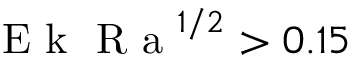
\textrm { E k } \textrm { R a } ^ { 1 / 2 } > 0 . 1 5